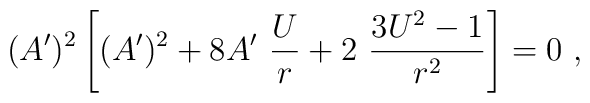
(A^\prime)^2\left[(A^\prime)^2+8A^\prime~{U\over r} +2~{3U^2-1\over r^2}\right]=0~,